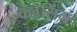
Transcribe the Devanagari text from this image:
क्लेसिंग